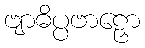
ဗျာဓိပ္ပဗာဠှော